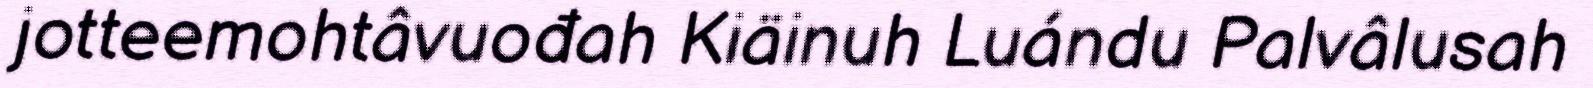
jotteemohtâvuođah Kiäinuh Luándu Palvâlusah